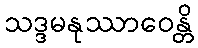
သဒ္ဒမနုဿာဝေန္တိ